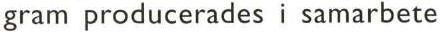
gram producerades i samarbete